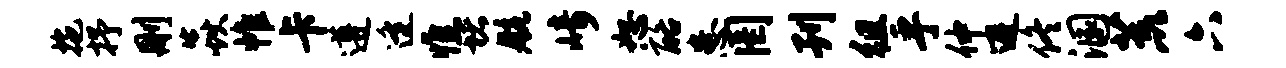
拖抒删焱帷卡遵逄憔堵航崎恕酪患罔刊徂乎仲避佟溷荒六